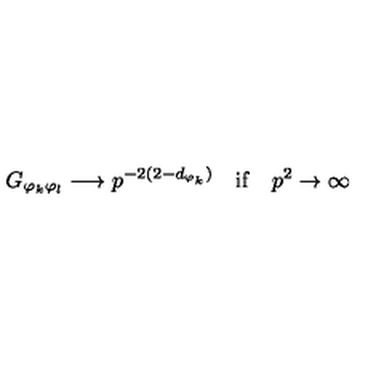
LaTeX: G _ { \varphi _ { k } \varphi _ { l } } \longrightarrow p ^ { - 2 ( 2 - d _ { \varphi _ { k } } ) } \quad \mathrm { i f } \quad p ^ { 2 } \to \infty